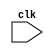
module top
(
    input   clk
);

endmodule